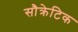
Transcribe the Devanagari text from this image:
सौक्रेटिक